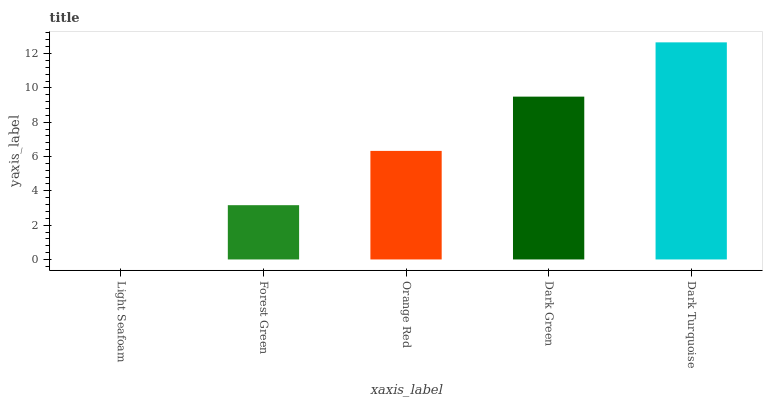
| xaxis_label | bars |
 | --- | --- |
 | Light Seafoam | 0 |
 | Forest Green | 3.16 |
 | Orange Red | 6.33 |
 | Dark Green | 9.49 |
 | Dark Turquoise | 12.7 |